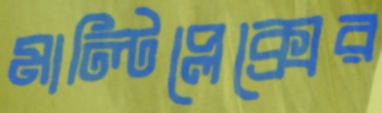
মাল্টিপ্লেক্সের